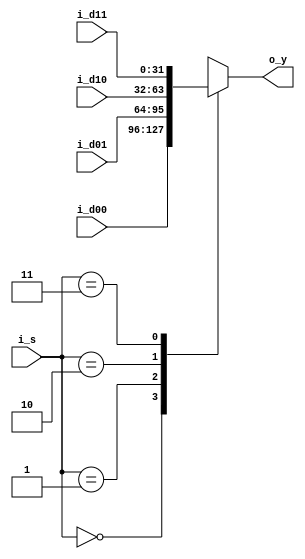
`ifndef _mux4
`define _mux4

module mux4 #(
  parameter WIDTH = 32
) (
  input wire [WIDTH-1:0] i_d00, i_d01, i_d10, i_d11,
  input wire [1:0] i_s,
  output reg [WIDTH-1:0] o_y
);

  always @* begin
    case (i_s)
      2'b00: o_y <= i_d00;
      2'b01: o_y <= i_d01;
      2'b10: o_y <= i_d10;
      2'b11: o_y <= i_d11;
      default: o_y <= {WIDTH{1'bX}};
    endcase
  end
endmodule


`endif